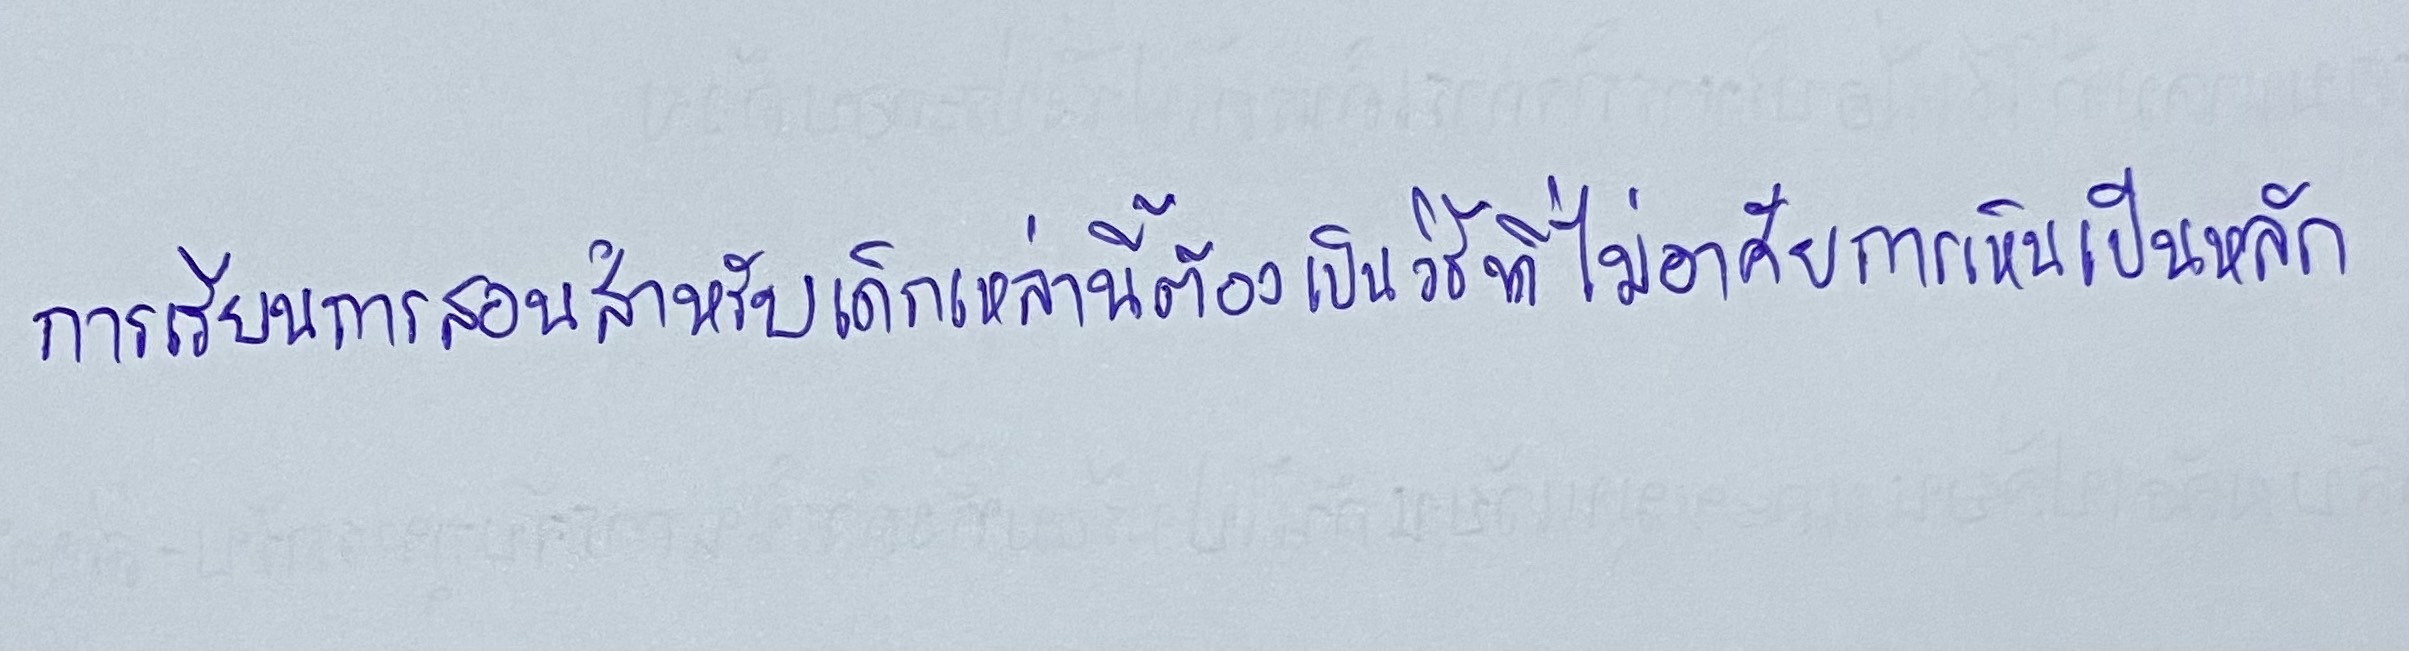
การเรียนการสอนสำหรับเด็กเหล่านี้ต้องเป็นวิธีที่ไม่อาศัยการเห็นเป็นหลัก